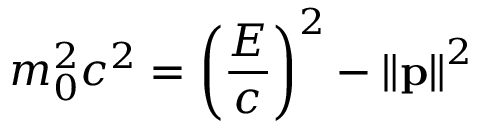
m _ { 0 } ^ { 2 } c ^ { 2 } = \left( { \frac { E } { c } } \right) ^ { 2 } - \left\| \mathbf { p } \right\| ^ { 2 }